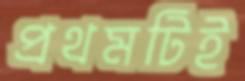
প্রথমটিই